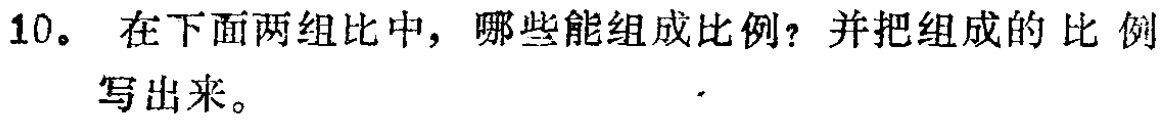
10。在下面两组比中，哪些能组成比例？并把组成的比例写出来。